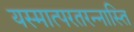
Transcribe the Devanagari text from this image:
यस्मात्परतरन्नास्ति